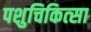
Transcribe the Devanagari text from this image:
पशुचिकित्‍सा